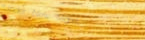
Under New Mgmt